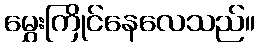
မွှေးကြိုင်နေလေသည်။